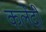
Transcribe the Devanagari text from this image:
कलेंदी